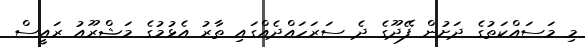
މި މަސައްކަތުގެ ދަށުން ފޭދޫގެ ދެ ސަރަހައްދެއްގައި ތާރު އެޅުމުގެ މަޝްރޫއު ރައީސް